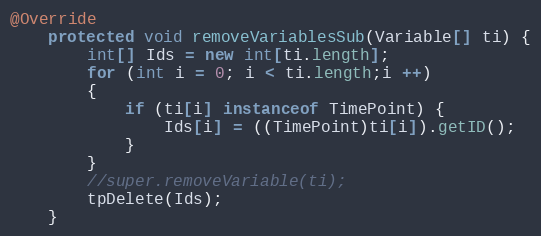
Language: Java
@Override
	protected void removeVariablesSub(Variable[] ti) {
		int[] Ids = new int[ti.length];
		for (int i = 0; i < ti.length;i ++)
		{
			if (ti[i] instanceof TimePoint) {
				Ids[i] = ((TimePoint)ti[i]).getID();
			}
		}
		//super.removeVariable(ti);
		tpDelete(Ids);
	}